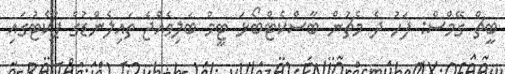
ބީޗް ގޭމްސް: ފަހު ދެ މެޗުން ބާސްކެޓްބޯޅަ ޓީމު ބަލިވެއްޖެ ތައިލެންޑުގެ ޕުކެޓުގައި